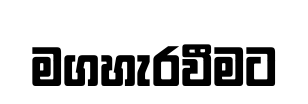
මගහැරවීමට